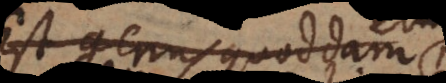
Est genus quoddam